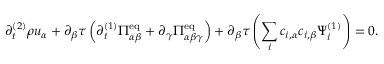
\partial _ { t } ^ { ( 2 ) } \rho u _ { \alpha } + \partial _ { \beta } \tau \left( \partial _ { t } ^ { ( 1 ) } \Pi _ { \alpha \beta } ^ { \mathrm { e q } } + \partial _ { \gamma } \Pi _ { \alpha \beta \gamma } ^ { \mathrm { e q } } \right) + \partial _ { \beta } \tau \left( \sum _ { i } c _ { i , \alpha } c _ { i , \beta } \Psi _ { i } ^ { ( 1 ) } \right) = 0 .